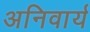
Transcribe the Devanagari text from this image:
अनिवार्य